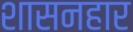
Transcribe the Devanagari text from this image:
शासनहार